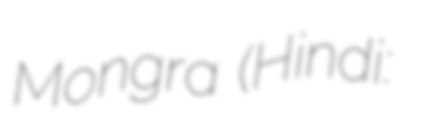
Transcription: Mongra (Hindi: बंकी